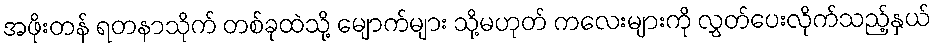
အဖိုးတန် ရတနာသိုက် တစ်ခုထဲသို့ မျောက်များ သို့မဟုတ် ကလေးများကို လွှတ်ပေးလိုက်သည့်နှယ်